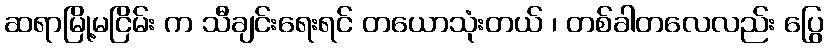
ဆရာမြို့မငြိမ်း က သီချင်းရေးရင် တယောသုံးတယ် ၊ တစ်ခါတလေလည်း ပြွေ